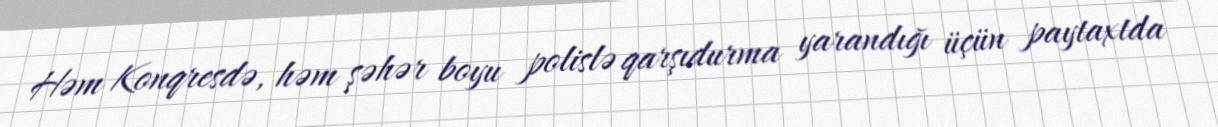
Həm Konqresdə, həm şəhər boyu polislə qarşıdurma yarandığı üçün paytaxtda